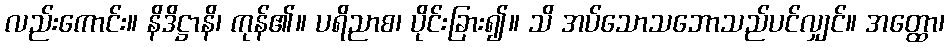
လည်းကောင်း။ နိဒိဋ္ဌာနိ၊ ကုန်၏။ ပရိညာစ၊ ပိုင်းခြား၍။ သိ အပ်သောသဘောသည်ပင်လျှင်။ အတ္ထော၊